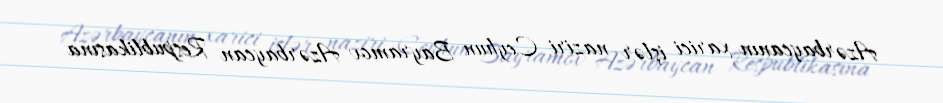
Azərbaycanın xarici işlər naziri Ceyhun Bayramov Azərbaycan Respublikasına